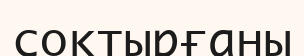
соқтырғаны